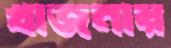
খাজনায়